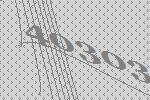
40303